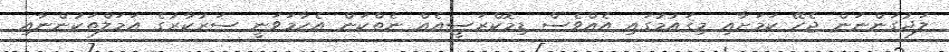
ލަދުގަންނަން ޖެހޭ ކަމަށާއި މިޤައުމުގައި އެއްވެސް ޑިމޮކްރަސީއެއް ނެތްކަން އެހާމަވަނީ ސަރުކާރުގެ އަމަލްތަކުންނާއި